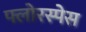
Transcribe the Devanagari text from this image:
फ्लोरस्पेस